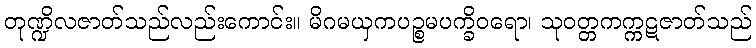
တုဏ္ဍိလဇာတ်သည်လည်းကောင်း။ မိဂမယှကပဉ္စမပက္ခိဝရော၊ သုဝတ္တကက္ကဋဇာတ်သည်